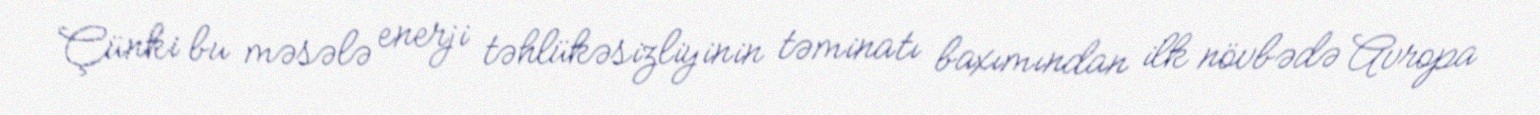
Çünki bu məsələ enerji təhlükəsizliyinin təminatı baxımından ilk növbədə Avropa